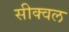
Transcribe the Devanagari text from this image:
सीक्‍वल